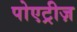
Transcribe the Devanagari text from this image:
पोएट्रीज़